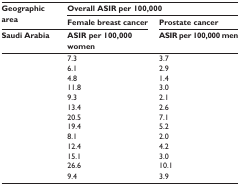
<table><thead><tr><td rowspan="2"><b>Geographic area</b></td><td colspan="2"><b>Overall ASIR per 100,000</b></td></tr><tr><td><b>Female breast cancer</b></td><td><b>Prostate cancer</b></td></tr><tr><td><b>Saudi Arabia</b></td><td><b>ASIR per 100,000 women</b></td><td><b>ASIR per 100,000 men</b></td></tr></thead><tbody><tr><td>[EMPTY_CELL]</td><td>7.3</td><td>3.7</td></tr><tr><td>[EMPTY_CELL]</td><td>6.1</td><td>2.9</td></tr><tr><td>[EMPTY_CELL]</td><td>4.8</td><td>1.4</td></tr><tr><td>[EMPTY_CELL]</td><td>11.8</td><td>3.0</td></tr><tr><td>[EMPTY_CELL]</td><td>9.3</td><td>2.1</td></tr><tr><td>[EMPTY_CELL]</td><td>13.4</td><td>2.6</td></tr><tr><td>[EMPTY_CELL]</td><td>20.5</td><td>7.1</td></tr><tr><td>[EMPTY_CELL]</td><td>19.4</td><td>5.2</td></tr><tr><td>[EMPTY_CELL]</td><td>8.1</td><td>2.0</td></tr><tr><td>[EMPTY_CELL]</td><td>12.4</td><td>4.2</td></tr><tr><td>[EMPTY_CELL]</td><td>15.1</td><td>3.0</td></tr><tr><td>[EMPTY_CELL]</td><td>26.6</td><td>10.1</td></tr><tr><td>[EMPTY_CELL]</td><td>9.4</td><td>3.9</td></tr></tbody></table>